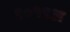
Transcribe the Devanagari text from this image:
९०१९अ